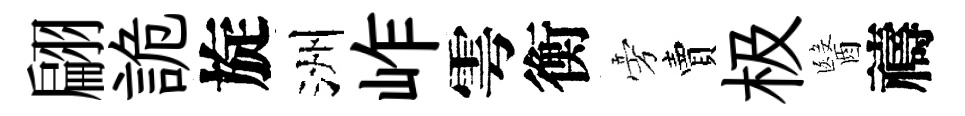
翩詭旋洲岞雩衡旁賣极醫禱